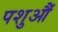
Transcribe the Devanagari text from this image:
पशुऔं